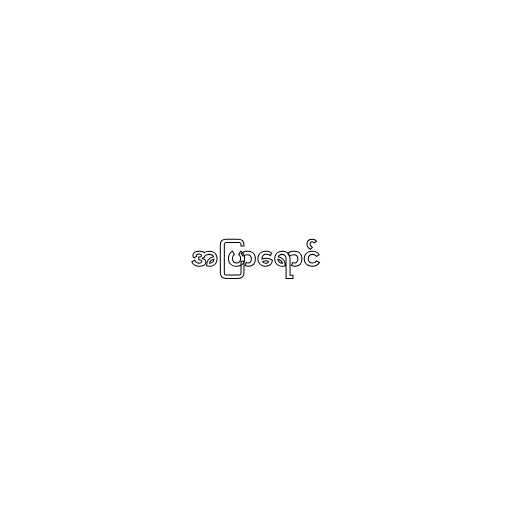
အပြာရောင်